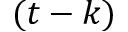
( t - k )